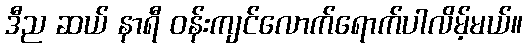
ဒီည ဆယ် နာရီ ဝန်းကျင်လောက်ရောက်ပါလိမ့်မယ်။